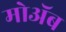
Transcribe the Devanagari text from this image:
मोअॅब